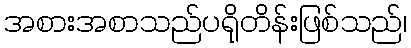
အစားအစာသည်ပရိုတိန်းဖြစ်သည်၊